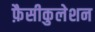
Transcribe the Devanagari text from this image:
फ़ैसीकुलेशन